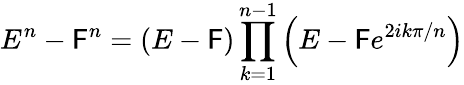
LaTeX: E^{n}-\mathsf{F}^{n}=(E-\mathsf{F})\prod_{k=1}^{n-1}\left(E-\mathsf{F}e^{2ik\pi/n}\right)